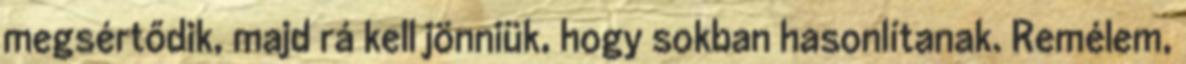
megsértődik, majd rá kell jönniük, hogy sokban hasonlítanak. Remélem,